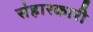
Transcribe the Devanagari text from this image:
संहारकारी